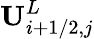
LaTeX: \mathbf{U}_{i+1/2,j}^{L}